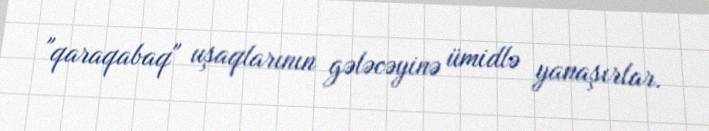
"qaraqabaq" uşaqlarının gələcəyinə ümidlə yanaşırlar.